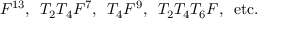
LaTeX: F ^ { 1 3 } , \, \, \, T _ { 2 } T _ { 4 } F ^ { 7 } , \, \, \, T _ { 4 } F ^ { 9 } , \, \, \, T _ { 2 } T _ { 4 } T _ { 6 } F , \, \, \, \mathrm { e t c . }